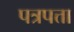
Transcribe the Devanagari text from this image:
पत्रपत्ता